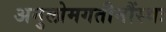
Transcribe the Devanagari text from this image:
अनुलोमगतीनौंस्थः